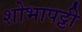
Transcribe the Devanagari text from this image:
शोभापट्टी